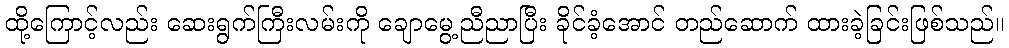
ထို့ကြောင့်လည်း ဆေးရွက်ကြီးလမ်းကို ချောမွေ့ညီညာပြီး ခိုင်ခံ့အောင် တည်ဆောက် ထားခဲ့ခြင်းဖြစ်သည်။